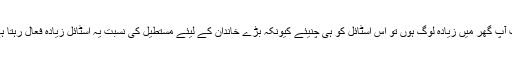
جب آپ گھر میں زیادہ لوگ ہوں تو اس اسٹائل کو ہی چنیئے کیونکہ بڑے خاندان کے لیئے مستطیل کی نسبت یہ اسٹائل زیادہ فعال رہتا ہے ۔